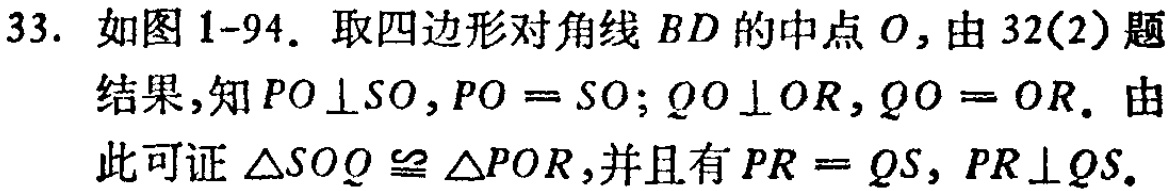
33. 如图1-94. 取四边形对角线 \(BD\) 的中点 \(O\)，由32(2)题

结果，知 \(PO\perp SO\)，\(PO = SO\)；\(QO\perp OR\)，\(QO = OR\). 由

此可证 \(\triangle SOQ\cong\triangle POR\)，并且有 \(PR = QS\)，\(PR\perp QS\).